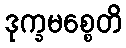
ဒုက္ခမစ္စေတိ